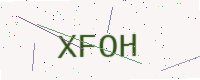
Text: XFOH